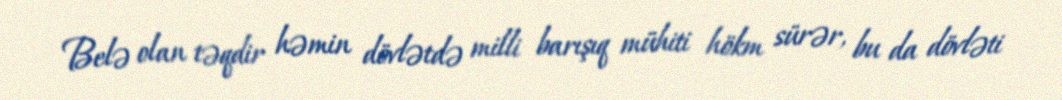
Belə olan təqdir həmin dövlətdə milli barışıq mühiti hökm sürər, bu da dövləti